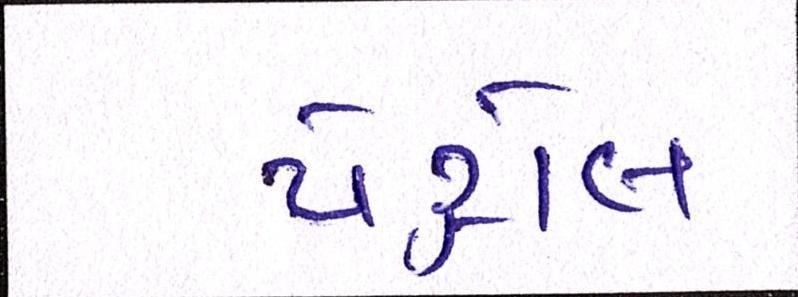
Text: પેટ્રોલ